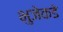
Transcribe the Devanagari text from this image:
भुजेकडे